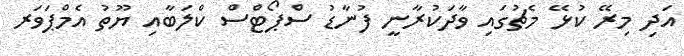
އަދި މިރޭ ކުޅޭ މެޗުގައި ވާދަކުރާނީ ފުނާޑު ސްޕޯޓްސް ކްލަބާއި ޔޫތު އެމްޕަވަރ